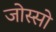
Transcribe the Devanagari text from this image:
जोस्सो